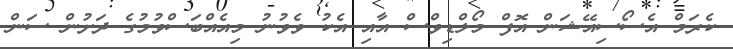
ކެރަމް އެސޯސިއޭޝަން އޮފް މޯލްޑިވްސް އާއި އެކު ވެވުނު މިއެއްބަސްވުމުގެ ދަށުން ސަން